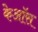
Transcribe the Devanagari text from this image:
केऑस